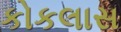
કોકલાસ